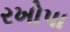
રખોપા